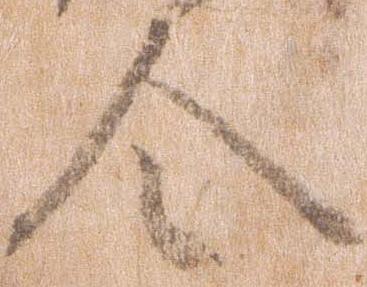
令